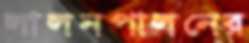
লালনপালনের